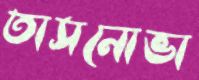
তাসনোভা